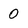
Character: 0